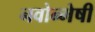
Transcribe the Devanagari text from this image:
नवोन्‍मेषी